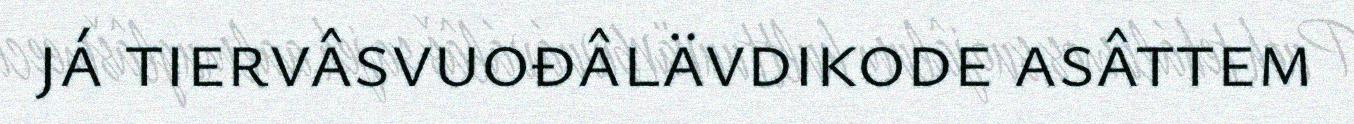
já tiervâsvuođâlävdikode asâttem